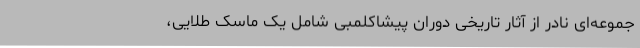
جموعه‌ای نادر از آثار تاریخی دوران پیشاکلمبی شامل یک ماسک طلایی،